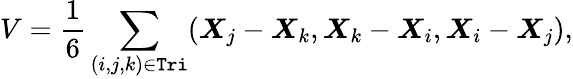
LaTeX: V=\frac{1}{6}\sum_{(i,j,k)\in\texttt{Tri}}(\boldsymbol X_{j}-\boldsymbol X_{k},\boldsymbol X_{k}-\boldsymbol X_{i},\boldsymbol X_{i}-\boldsymbol X_{j}),